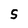
Character: 5